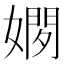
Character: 𫱢